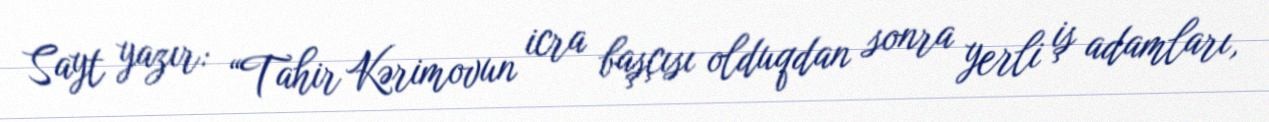
Sayt yazır: “Tahir Kərimovun icra başçısı olduqdan sonra yerli iş adamları,